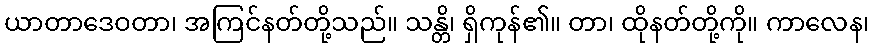
ယာတာဒေဝတာ၊ အကြင်နတ်တို့သည်။ သန္တိ၊ ရှိကုန်၏။ တာ၊ ထိုနတ်တို့ကို။ ကာလေန၊